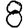
Digit: 8